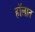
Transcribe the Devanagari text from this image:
हॉलात